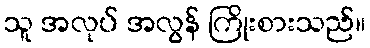
သူ အလုပ် အလွန် ကြိုးစားသည်။